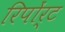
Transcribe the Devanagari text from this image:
रिपोंर्ट